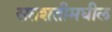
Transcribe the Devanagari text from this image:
सप्तशतीमधील